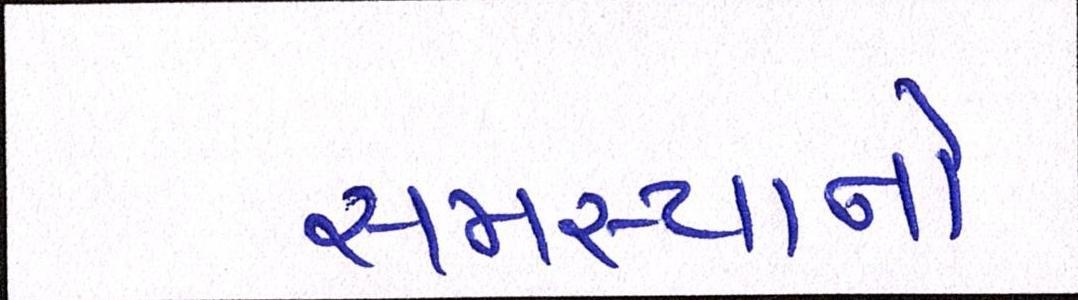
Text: સમસ્યાનો